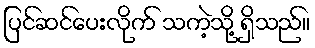
ပြင်ဆင်ပေးလိုက် သကဲ့သို့ ရှိသည်။